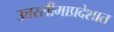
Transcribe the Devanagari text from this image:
उत्तरसीमाप्रदेशात